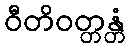
ဝီတိဝတ္တန္တံ